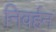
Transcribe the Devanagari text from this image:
निवर्हन